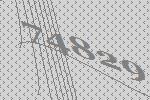
74829